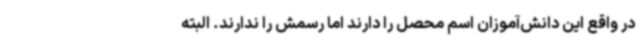
در واقع این دانش‌آموزان اسم محصل را دارند اما رسمش را ندارند. البته